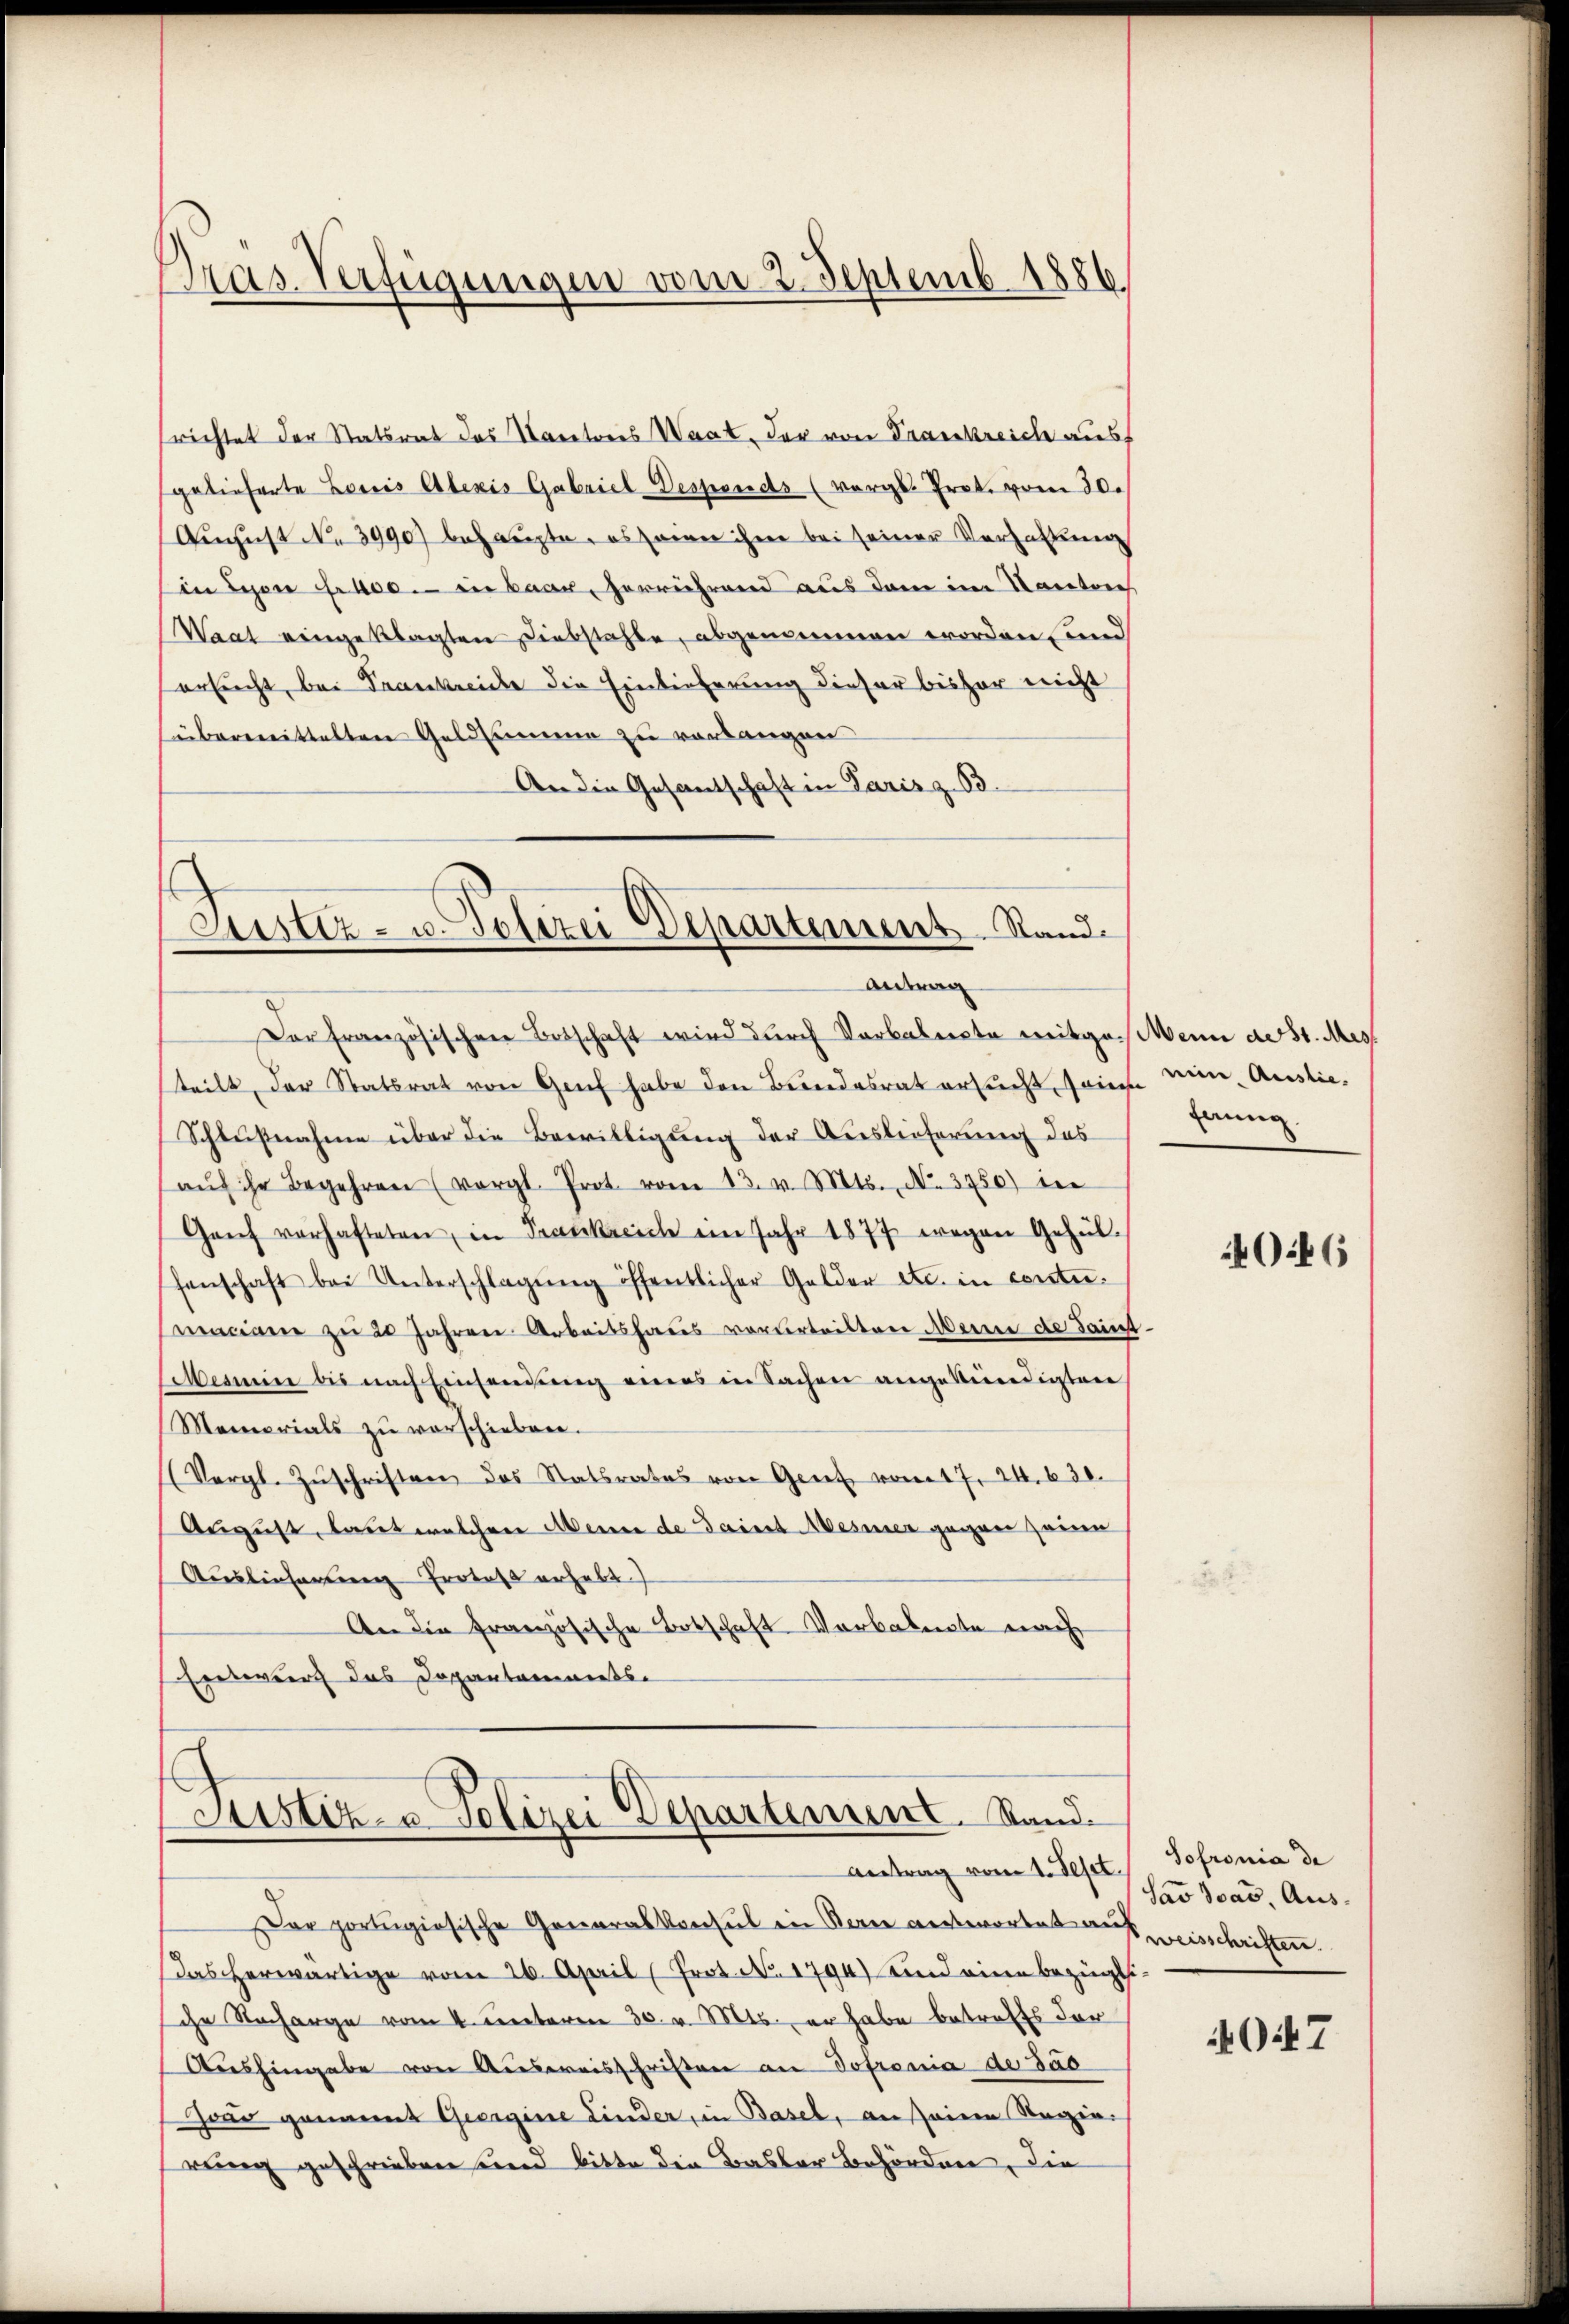
srichtet der Statsrat das Maritores Waat, der von Trankreich ausf
gelieferte Loris Alexis Gabriel Desponds (vergl. Prot. vom 30.
August No 3990) behaupte, es seiner ihme bei seiner Verhaltung
Ein Seen fr 400. in Baar, herrührend aus dem im Kantone
Waat eingeklagten Diebstahle, abgenommen worden und
ersucht, bei Frankreiche die Einlieferung dieser bisher nicht
übermittelten Geldsumme zu verlangen
An die Gesantschaft in Paris z. B.

Pras. Verfügungen vom 2. Septemb. 1886

Justiz- u. Polizei Departement Stand.
Antrag

Der französischen Botschaft wird durch Vorkalente mitgemein ad St. Mes
teilt, der Statsrat von Genf habe den Bundesrat ersucht, sonne eine Auslie¬
Schlußnahme über die Bewilligung der Auslieferung des
aŭf ihr Begehren (vergl. Prot. vom 13. v. Mts., N. 3750) in
Ganz verhafteten, in Trankreich ein Jahr 1877 wegen Gehülsenschaft bei Unterschlagŭng öffentlicher Gelder etc. in conte
maciane zu 20 Jahren Arbeitshaus verurteilten Marie de Saint¬
Mermin bis nach Einsendung eines in Sachen angekündigten
Memorials zŭ verschieben.
Vergl. Zŭschriften das Statsrates von Gent vom 17. 24. 630.
August, laut welchen Meine de Saint Mesiner gegen seine
Auslieferung Protes erhebt
An die französische Botschaft Verbalente nach
Entwurf das Departaments-

Justiz- u. Polizei Departement. Stand.
Antrag vom 1. Sept. Sofronia de

Die portugiosische Generalkonsul in Bern antwortet aufweisschriften
Das herwärtige vom 26. April (Prot. No. 1794) und eine bezügli-
ihe Nacharge vom 4. unteren 30. v. Mts., er habe betreffs der
Aŭshingabe von Aŭsweisschriften an Tofronia de das
Haar genannt Georgine Linder, in Basel, an seinen Regierung geschrieben und bitte die Basler Behörden, die

hanne.

40:46

dav doas, Aus¬

O.47